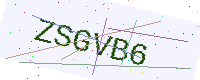
Text: ZSGVB6